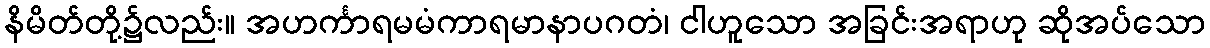
နိမိတ်တို့၌လည်း။ အဟင်္ကာရမမံကာရမာနာပဂတံ၊ ငါဟူသော အခြင်းအရာဟု ဆိုအပ်သော